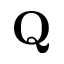
\mathbf { Q }